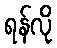
ရန်လို